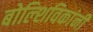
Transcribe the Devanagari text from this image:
बोल्शिविकांनी